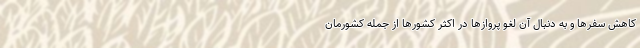
کاهش سفر‌ها و به دنبال آن لغو پرواز‌ها در اکثر کشور‌ها از جمله کشورمان